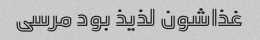
غذاشون لذیذ بود مرسی